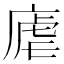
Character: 𪪛